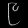
Digit: ၉